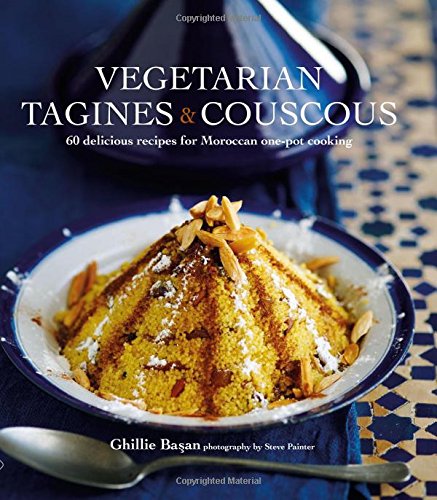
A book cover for Vegetarian Tagines & Cous Cous: 65 Delicious Recipes for Moroccan One Pot Cooking; Ghillie Basan; Cookbooks, Food & Wine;